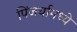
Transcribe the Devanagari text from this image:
पिंजर्यामध्ये